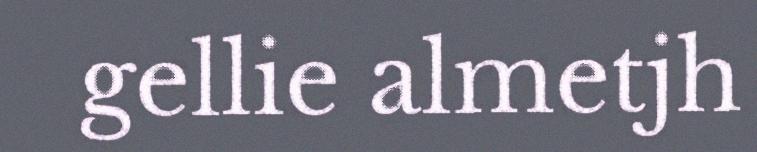
gellie almetjh